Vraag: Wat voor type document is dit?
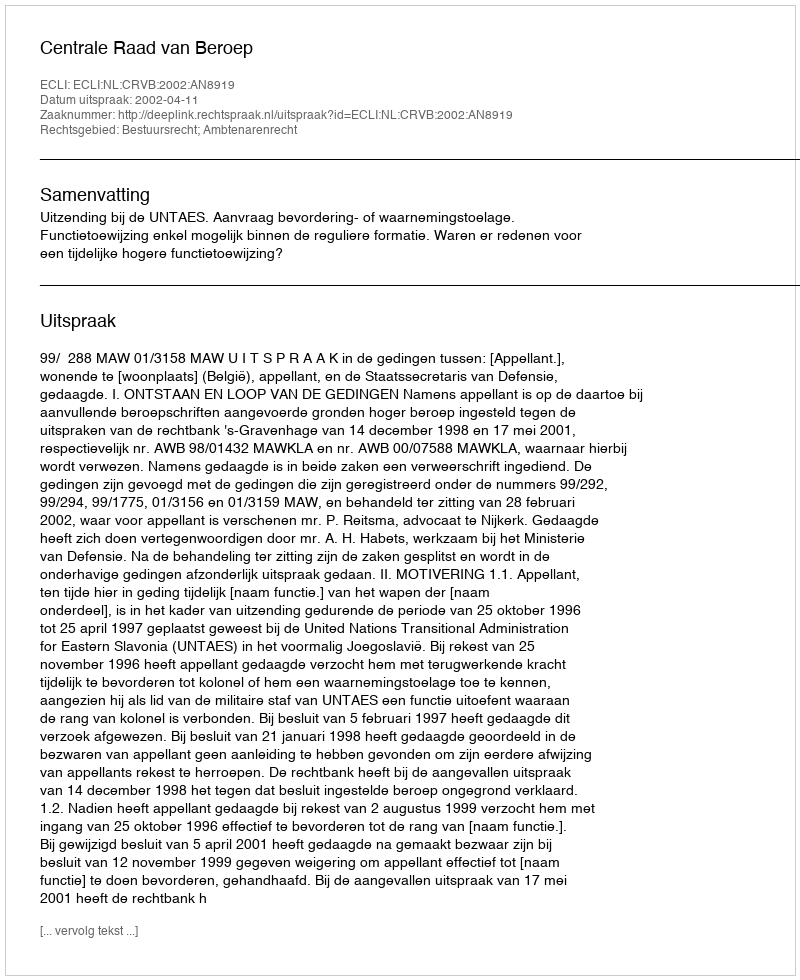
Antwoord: Uitspraak